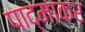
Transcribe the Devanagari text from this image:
पाद्माकर